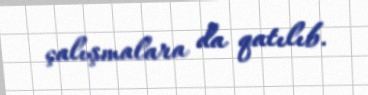
çalışmalara da qatılıb.